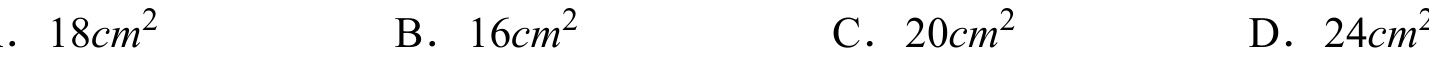
. \(18cm^{2}\)
B. \(16cm^{2}\)
C. \(20cm^{2}\)
D. \(24cm^{2}\)